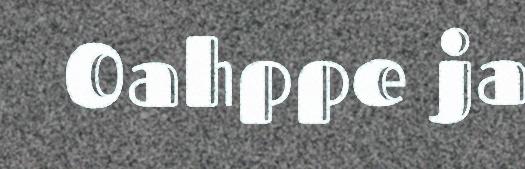
Oahppe ja